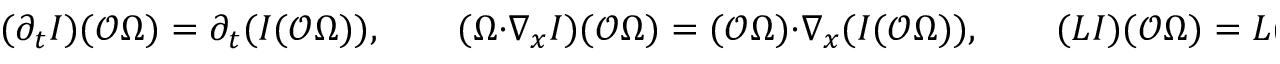
( \partial _ { t } I ) ( \mathcal O \Omega ) = \partial _ { t } ( I ( \mathcal O \Omega ) ) , \qquad ( \Omega \cdot \nabla _ { x } I ) ( \mathcal O \Omega ) = ( \mathcal O \Omega ) \cdot \nabla _ { x } ( I ( \mathcal O \Omega ) ) , \qquad ( L I ) ( \mathcal O \Omega ) = L ( I ( \mathcal O \Omega ) ) .